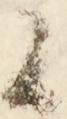
候